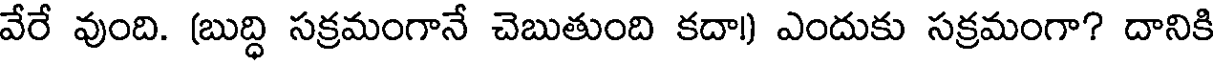
వేరే వుంది. (బుద్ధి సక్రమంగానే చెబుతుంది కదా!) ఎందుకు సక్రమంగా? దానికి